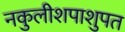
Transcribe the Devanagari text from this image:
नकुलीशपाशुपत